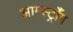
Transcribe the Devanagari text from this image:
आर्म्स्ट्राँग